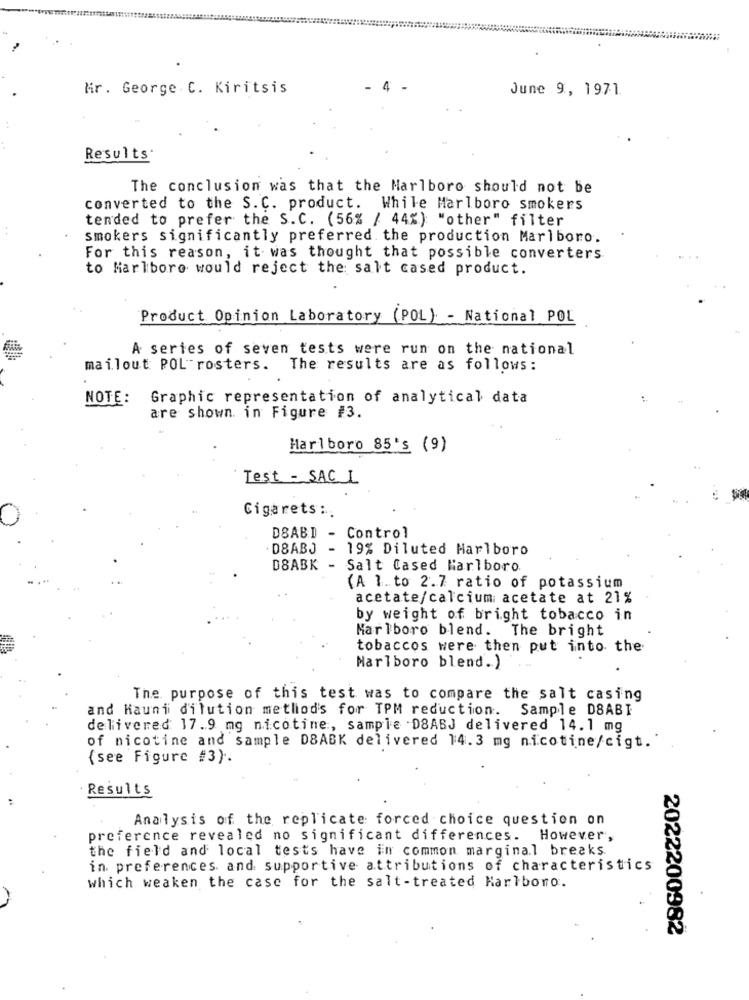
Mr. George C. Kiritsis
4
June 9, 1971.
Results'
The conclusion was that the Marlboro should not be
converted to the S.C. product. While Marlboro smokers
tended to prefer the S.C. (56% / 44%) "other" filter
..
smokers significantly preferred the production Marlboro.
For this reason, it was thought that possible converters
to Marlboro would reject the salt cased product.
Product Opinion Laboratory (POL) - National POL
A series of seven tests were run on the national
mailout POL rosters. The results are as follows:
NOTE:
Graphic representation of analytical data
are shown in Figure #3.
Marlboro 85's (9)
Test - SAC I
Cigarets :.
DSABD - Control
. D8ABJ - 19% Diluted Marlboro
DBABK
- Salt Cased Marlboro.
(A 1.to 2.7 ratio of potassium
acetate/calcium acetate at 21%
by weight of bright tobacco in
Marlboro blend.
The bright
tobaccos were then put into the
Marlboro blend.)
The purpose of this test was to compare the salt casing
and Hauni dilution method's for TPM reduction. Sample DSABI
delivered 17.9 mg nicotine, sample D8ABJ delivered 14.1 mg
of nicotine and sample DBABK delivered 14.3 mg nicotine/cigt.
{see Figure #3).
Results
Analysis of the replicate forced choice question on
preference revealed no significant differences. However,
the field and local tests have in common marginal breaks.
in preferences and supportive attributions of characteristics
which weaken the case for the salt-treated Marlboro.
2022200982